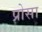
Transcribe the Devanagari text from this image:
प्रोसा